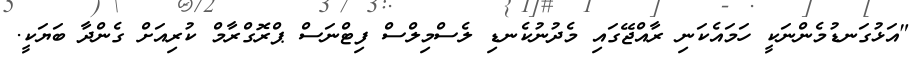
"އަޅުގަނޑުމެންނަކީ ހަމައެކަނި ރާއްޖޭގައި މެދުނުކެނޑި ލެސްމިލްސް ފިޓްނަސް ޕްރޮގްރާމް ކުރިއަށް ގެންދާ ބަޔަކީ.